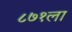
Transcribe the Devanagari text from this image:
८७१ला